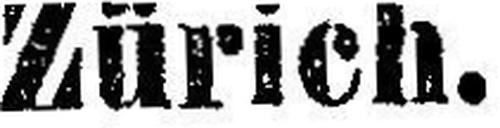
Zürich.